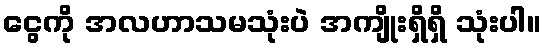
ငွေကို အလဟာသမသုံးပဲ အကျိုးရှိရှိ သုံးပါ။